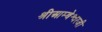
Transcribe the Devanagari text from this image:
श्रीआम्बेश्वरजी